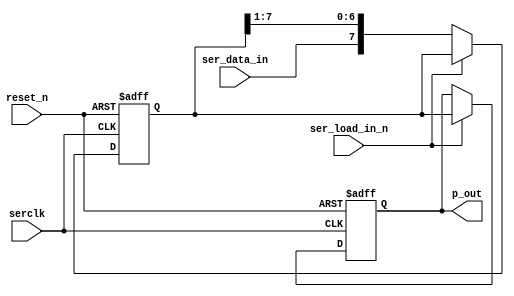
// *****************************************************************************
// *                     C O P Y R I G H T   N O T I C E                       *
// *****************************************************************************
// *                                                                           *
// * Confidential                                                              *
// *                                                                           *
// * (c) Copyright 2011-2016 Hewlett Packard Enterprise Development LP         *
// *                                                                           *
// * Copyrights. You may not duplicate, install or use software in violation   *
// * of its copyright or applicable license terms, including the software      *
// * installed on your computer or on network areas under your control. Unless *
// * proper permission has been obtained from the copyright owner, you may not *
// * copy for any reason any copyrighted materials, including text, artwork,   *
// * images, photographs, videos, music, web pages and other forms of          *
// * expression, whether they are in hardcopy or electronic media.             *
// *                                                                           *
// *****************************************************************************
// * HPE Engineer: Jonathan Pham                                               *
// * Design Name : Adaptive NVMe code                                          *
// * Description : Serial to Parallel input data to Adaptive NVMe Card's CPLD  *
// *****************************************************************************

module shiftRegIn #(
	parameter TOTAL_BIT_COUNT = 8)(

    // Input Clocks and Resets
    input 						 serclk, 
    input 						 reset_n,

    // SERIAL Data In from baseboard
    input                        ser_data_in,

    // Shift Control Bits
    input 						 ser_load_in_n,

    // PARALLEL Output
    output reg [TOTAL_BIT_COUNT-1:0] p_out
   );
 	

 	reg [TOTAL_BIT_COUNT-1:0]   shift_reg;

 	//------------------------------------------------------------------------------
	// Parallel to Serial Converter
    // When in reset: shift register contains all 0s
    // When out of reset:
    //          When load_n is enabled:  Grab serial data in 1 by 1 into shift register
    //          When load_n not enabled: push out all bits in shift register simultaneously
	//------------------------------------------------------------------------------
   
    always@(posedge serclk or negedge reset_n)begin
    	if (!reset_n)begin
            p_out     <= {TOTAL_BIT_COUNT{1'b0}}; 
    		shift_reg <= {TOTAL_BIT_COUNT{1'b0}};
             
    	end
    	else begin
    		if (!ser_load_in_n)begin
    			shift_reg = {ser_data_in,shift_reg[TOTAL_BIT_COUNT-1:1]};
    		end
    		else begin
    			p_out = shift_reg;
    		end
    	end
    end
    

endmodule